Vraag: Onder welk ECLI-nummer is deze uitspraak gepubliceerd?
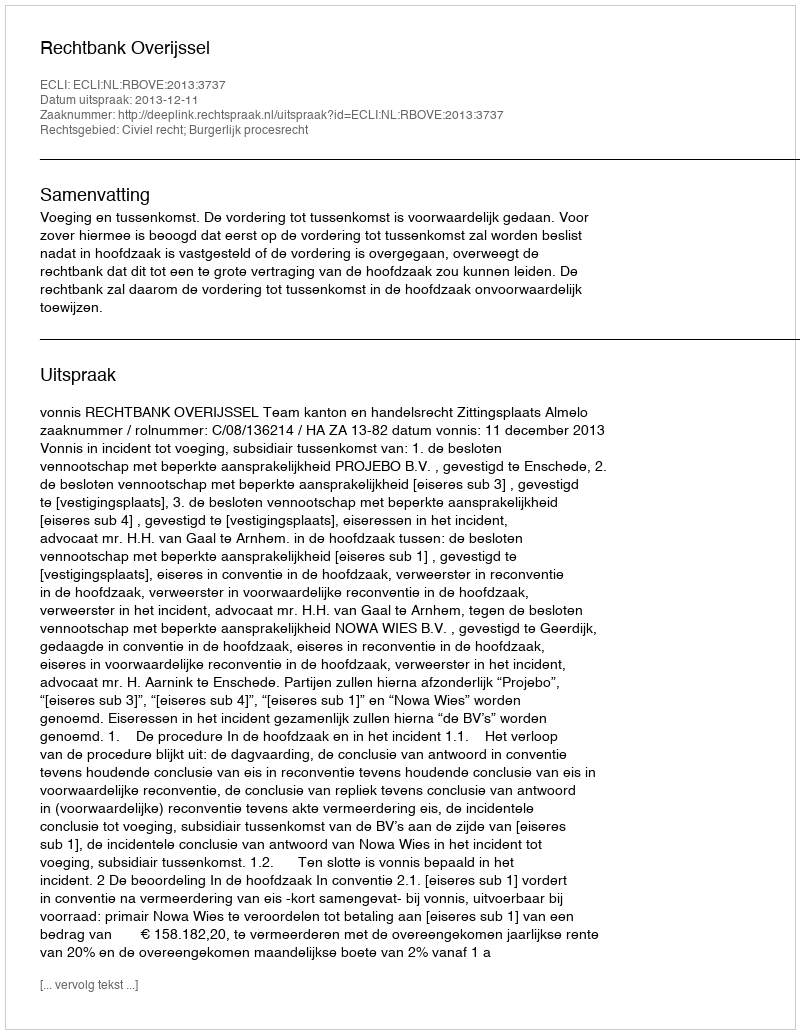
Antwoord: ECLI:NL:RBOVE:2013:3737